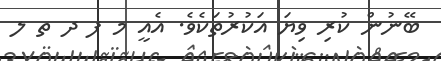
ބޭނުން ކުރި ވިޔަ އަކުރުތަކެވެ. އެއީ މ ފ ދ ތ ލ